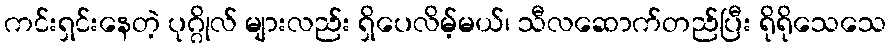
ကင်းရှင်းနေတဲ့ ပုဂ္ဂိုလ် များလည်း ရှိပေလိမ့်မယ်၊ သီလဆောက်တည်ပြီး ရိုရိုသေသေ